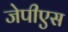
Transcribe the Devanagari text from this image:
जेपीएस